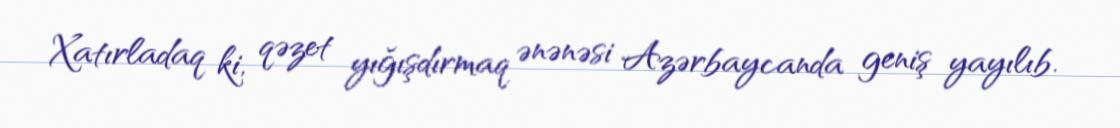
Xatırladaq ki, qəzet yığışdırmaq ənənəsi Azərbaycanda geniş yayılıb.